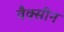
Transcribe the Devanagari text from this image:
वैक्‍सीन